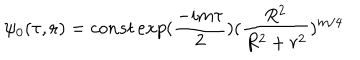
\psi _ { 0 } ( \tau , { \bf r } ) = c o n s t \, e x p ( \frac { - i m \tau } { 2 } ) ( \frac { R ^ { 2 } } { R ^ { 2 } + r ^ { 2 } } ) ^ { m / 4 }